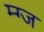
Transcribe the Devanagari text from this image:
म्ग्ज